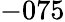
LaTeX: -075